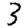
Digit: 3